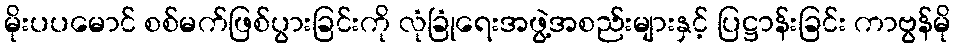
မိုးပပမောင် စစ်မက်ဖြစ်ပွားခြင်းကို လုံခြုံရေးအဖွဲ့အစည်းများနှင့် ပြဋ္ဌာန်းခြင်း ကာဗွန်မို